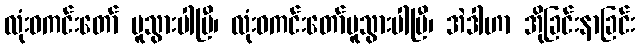
လုံးဝကင်းတော် မူသွားပါပြီ၊ လုံးဝကင်းတော်မူသွားပါပြီ၊ အဲဒါဟာ အိုခြင်းနာခြင်း